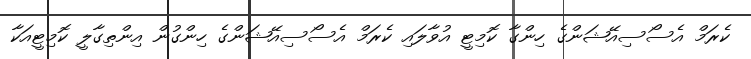
ކެރަމް އެސޯސިއޭޝަންގެ ހިންގާ ކޮމިޓީ އުވާލައި ކެރަމް އެސޯސިއޭޝަންގެ ހިންގުން އިންތިގާލީ ކޮމިޓީއަކާ